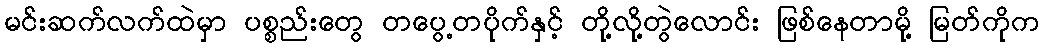
မင်းဆက်လက်ထဲမှာ ပစ္စည်းတွေ တပွေ့တပိုက်နှင့် တို့လို့တွဲလောင်း ဖြစ်နေတာမို့ မြတ်ကိုက